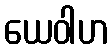
ယေဝါဟ